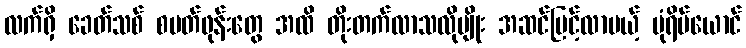
လက်ရှိ ခေတ်သစ် စမတ်ဖုန်းတွေ အထိ တိုးတက်လာသလိုမျိုး အဆင်မြင့်လာမယ့် ပုံရိပ်ယောင်